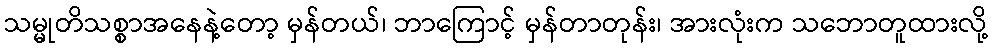
သမ္မုတိသစ္စာအနေနဲ့တော့ မှန်တယ်၊ ဘာကြောင့် မှန်တာတုန်း၊ အားလုံးက သဘောတူထားလို့